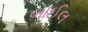
બાઈલ